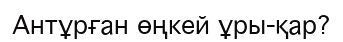
Антұрған өңкей ұры-қар?